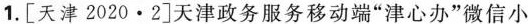
1.[天津2020·2]天津政务服务移动端”津心办”微信小